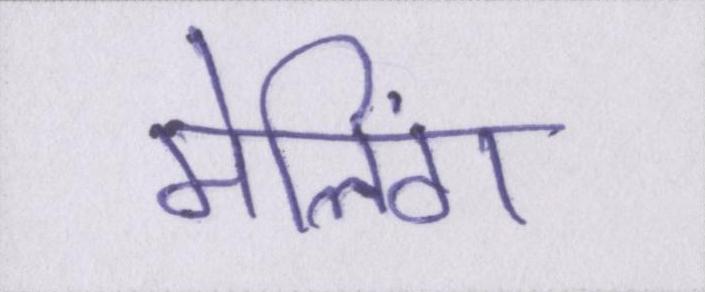
मेलिंग